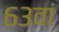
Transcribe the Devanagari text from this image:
६३वां